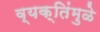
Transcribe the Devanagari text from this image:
व्यक्तिंमुळे